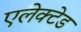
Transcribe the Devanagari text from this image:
एलेक्टेड